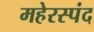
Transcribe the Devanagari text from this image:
महेरस्पंद